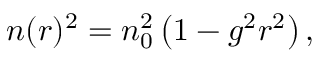
\begin{array} { r } { n ( r ) ^ { 2 } = n _ { 0 } ^ { 2 } \left( 1 - g ^ { 2 } r ^ { 2 } \right) , } \end{array}